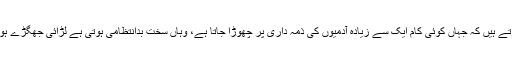
آپ اپنی زندگی کے چھوٹے چھوٹے معاملات میں اس کا تجربہ کرتے ہیں کہ جہاں کوئی کام ایک سے زیادہ آدمیوں کی ذمہ داری پر چھوڑا جاتا ہے، وہاں سخت بدانتظامی ہوتی ہے لڑائی جھگڑے ہوتے ہیں اور آخر ساجھے کی ہنڈیا چوراہے میں پھوٹ کر رہتی ہے۔